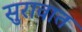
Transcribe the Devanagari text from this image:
सुरावात